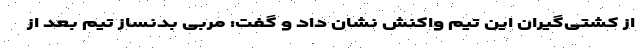
از کشتی‌گیران این تیم واکنش نشان داد و گفت: مربی بدنساز تیم بعد از